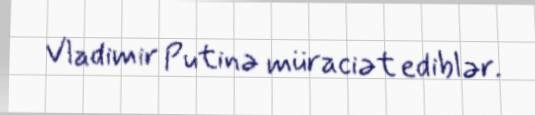
Vladimir Putinə müraciət ediblər.